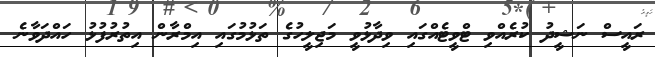
ރައީސް ނަޝީދު ކުރެއްވި ޓްވީޓެއްގައި ވިދާޅުވީ މަޖިލީހުގެ ތަޅުމުގައި އިމްރާން އިތުރުފުޅު ހައްދަވާނެ